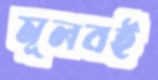
মূলবই